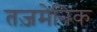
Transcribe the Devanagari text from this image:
तज़मेनिक